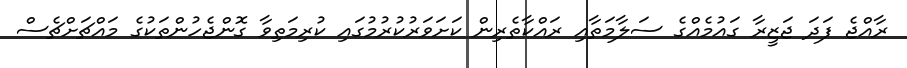
ރާއްޖެ ފަދަ ޖަޒީރާ ގައުމެއްގެ ސަލާމަތާއި ރައްކާތެރިން ކަށަވަރުކުރުމުގައި ކުރިމަތިވާ ގޮންޖެހުންތަކުގެ މައްޗަށްޗެސް